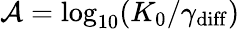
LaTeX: \mathcal{A}=\log_{10}(K_{0}/\gamma_{\mathrm{diff}})